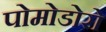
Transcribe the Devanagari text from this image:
पोमोडोरो